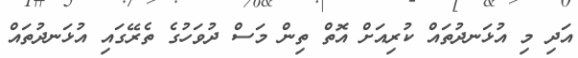
އަދި މި އުޅަނދުތައް ކުރިއަށް އޮތް ތިން މަސް ދުވަހުގެ ތެރޭގައި އުޅަނދުތައް